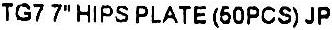
TG7 7" HIPS PLATE (50PCS) JP